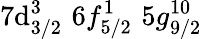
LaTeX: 7\mathrm{d}_{3/2}^{3}\, \, 6f_{5/2}^{1}\, \, 5g_{9/2}^{10}\, \,